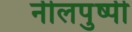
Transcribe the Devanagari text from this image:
नीलपुष्पी